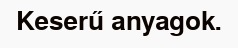
Keserű anyagok.